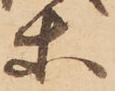
等